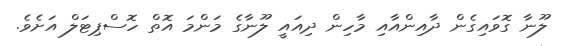
ލޫނާ ގޮވައިގެން ދާއިންއާއި މާހިން ދިއައީ ލޫނާގެ މަންމަ އޮތް ހޮސްޕިޓަލް އަށެވެ.